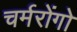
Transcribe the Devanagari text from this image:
चर्मरोंगो